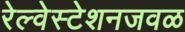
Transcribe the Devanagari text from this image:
रेल्वेस्टेशनजवळ